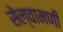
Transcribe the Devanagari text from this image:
सेल्वामणी